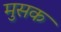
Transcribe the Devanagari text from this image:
मुसक